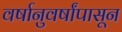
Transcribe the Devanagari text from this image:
वर्षानुवर्षांपासून